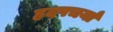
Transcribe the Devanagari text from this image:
हृदपचर्या